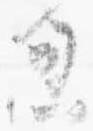
忽